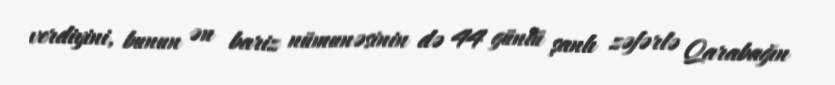
verdiyini, bunun ən bariz nümunəsinin də 44 günlü şanlı zəfərlə Qarabağın